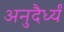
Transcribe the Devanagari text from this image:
अनुदैर्ध्यं